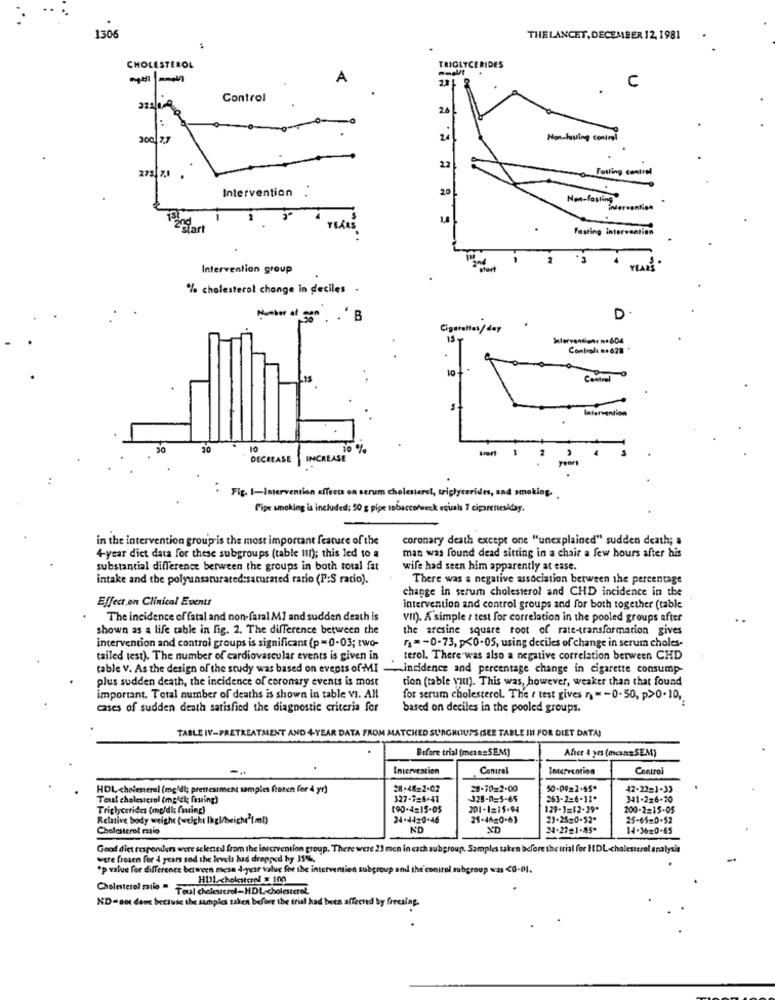
1306
THELANCET, DECEMBER 12, 1981
CHOLESTEROL
--
TRIGLYCERIDES
A
C
Control
20
300 7.7
24
Nonelosing control
275.7.1 .
22
Fotting central
20
Intervention .
Non-Posting
intervention
Tandart
YEARS
Fasting intervention
Intervention group
YEA
% cholesterol change in deciles .
Number of 58" . . B
D
Cigarettes/day
15-
..
Central
latervention
30
20
10
10 %
DECREASE
INCREASE
Fig. 1-Intervention effects on serum cholesterel, triglycerides, and smoking.
Pipe smoking is included; 50 g pipe tobacco/weck equals ? ciparentesiday.
in the intervention group is the most important feature of the
coronary death except one "unexplained" sudden death; a
4-year dict data for these subgroups (table lin); this led to a
man was found dead sitting in a chair a few hours after his
substantial difference between the groups in both total fat
wife had seen him apparently at ease.
intake and the polyunsaturated:saturated rario (P:S radio).
There was a negative association between the percentage
change in serum cholesterol and CHD incidence in the
Effect on Clinical Events
intervention and control groups and for both together (table
The incidence of fatal and non-fatal MI and sudden death is
VII). A simple / test for correlation in the pooled groups after
shown as a life table in fig. 2. The difference between the
the arcsine square root of rate-transformation gives
intervention and control groups is significant (p = 0-03; two-
r =- 0-73, p<0.05, using deciles of change in serum choles-
tailed test). The number of cardiovascular events is given in
terol. There was also a negative correlation between CHD
table V. As the design of the study was based on events of MI -incidence and percentage change in cigarette consump-
plus sudden death, the incidence of coronary events is most
cion (table you). This was, however, weaker than that found
important. Total number of deaths is shown in table vi. All
for serum cholesterol. The r test gives r " -0- 50, p>0. 10,
cases of sudden death satisfied the diagnostic criteria for
based on deciles in the pooled groups.
TABLE IV-PRETREATMENT AND 4-YEAR DATA FROM MATCHED SURGROUPS (SEE TABLE IN FOR DIET DATA)
Before trial (meta=SEM)
After 4 yrs (meansSEM)
Intervention
Caniral
louervention
Control
HOL cholemerel (mg/dl; prettesiment samples frozen for 4 yr)
2X:48=2-02
28-70=2-00
50-00=2.65*
42-2221-33
Toul cholesterol (mg/dl; fasting)
327-7=6-41
J28-0-5-65
263-2=6-11*
3-41-226-70
Triglycerides (mp/di; faring)
190-4=15-05
201-1=15-94
129-3=12-39*
200-2=15-05
Relative body weight {weight Ikgleich"(mb)
24-4420-46
25-4620-63
23-25=0-52*
25-65-0-52
Cholesterol maio
ND
XD
24-27=1-85*
14-16=0-65
Good diet responders were selened from the lascrvention group. There were 21 men in each subgroup. Samples taken before the trial for HDL cholesterol analysis
were frozen for 4 years and the levels had dropped hy 35%%,
-
*p value for difference between mesa 4-year value for the interventien subgroup and the control subgroup was <0-01.
HDL cholesterol x 100
Cholesterol ratio
Toul cholesterol-HDL-cholesterel
ND- not done because the samples saken before the trial had been affected by freezing.